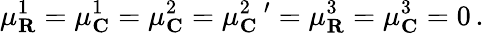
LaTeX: \mu_{\mathbf{R}}^{1}=\mu_{\mathbf{C}}^{1}=\mu_{\mathbf{C}}^{2}=\mu_{\mathbf{C}}^{2\, \, \, \prime}=\mu_{\mathbf{R}}^{3}=\mu_{\mathbf{C}}^{3}=0\, .